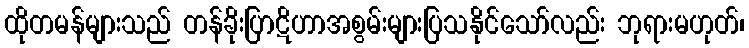
ထိုတမန်များသည် တန်ခိုးပြာဋိဟာအစွမ်းများပြသနိုင်သော်လည်း ဘုရားမဟုတ်၊